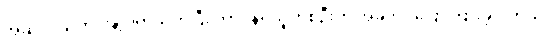
အဆိုပါ သတင်းနဲ့ ပတ်သက်ပြီး တာဝန်ရှိသူတစ်ဦးက အခုလိုပဲပြောကြားခဲ့ပါတယ်။